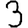
Digit: 3